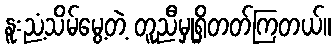
နူးညံ့သိမ်မွေ့တဲ့ တူညီမှုရှိတတ်ကြတယ်။